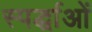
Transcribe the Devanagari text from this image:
स्पर्द्धाओं